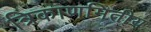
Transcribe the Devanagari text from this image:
त्रिकाणमितीय